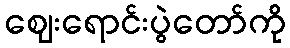
ဈေးရောင်းပွဲတော်ကို